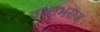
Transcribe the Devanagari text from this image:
वल्लभराज